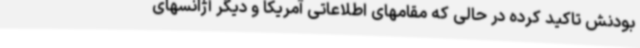
بودنش تاکید کرده در حالی که مقامهای اطلاعاتی آمریکا و دیگر آژانسهای